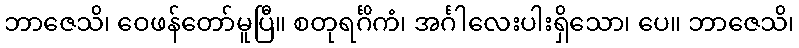
ဘာဇေသိ၊ ဝေဖန်တော်မူပြီ။ စတုရင်္ဂိကံ၊ အင်္ဂါလေးပါးရှိသော၊ ပေ။ ဘာဇေသိ၊